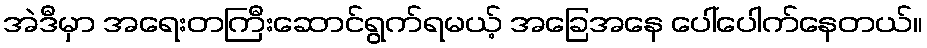
အဲဒီမှာ အရေးတကြီးဆောင်ရွက်ရမယ့် အခြေအနေ ပေါ်ပေါက်နေတယ်။